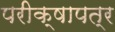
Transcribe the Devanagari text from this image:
परीक्षापत्र